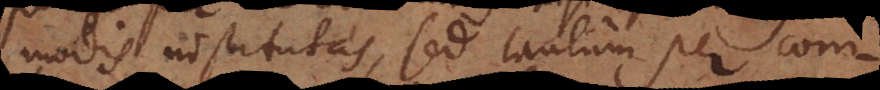
modis institutas, sed tantum per com